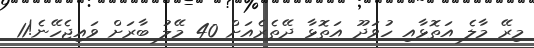
މިރޭ މާލެ އަތޮޅާއި ހުވަދޫ އަތޮޅާ ދޭތެރެއަށް 40 މޭލު ބާރަށް ވައިޖެހޭނެ!11